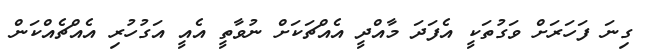
ގިނަ ފަހަރަށް ވަގުތަކީ އެފަދަ މާއްދީ އެއްޗަކަށް ނުވާތީ އެއީ އަގުހުރި އެއްޗެއްކަން